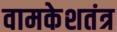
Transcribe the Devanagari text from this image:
वामकेशतंत्र